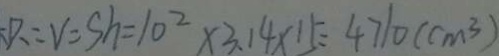
P = V = S h = 1 0 ^ { 2 } \times 3 . 1 4 \times 1 5 = 4 7 1 0 ( c m ^ { 3 } )